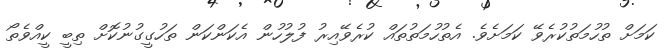
ކަމަށް ތުހުމަތުކުރެވޭ ކަމަށެވެ. އެތުހުމަތުތައް ކުރެވޭއިރު ފުލުހުން އެކަންކަން ތަހުގީގުނުކޮށް ތިބީ ކީއްވެތޯ